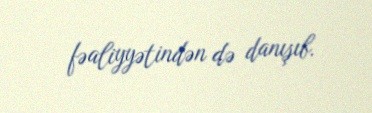
fəaliyyətindən də danışıb.